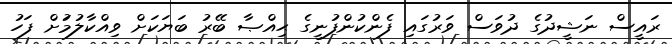
ރައީސް ނަޝީދުގެ ދުވަސް ވަރުގައި ފެންކުންފުނީގެ ޙިއްޞާ ބޭރު ބަޔަކަށް ވިއްކާލުމުަށް ފަހު